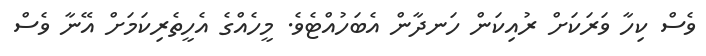
ވެސް ކިހާ ވަރަކަށް ރުއިކަން ހަނދާން އެބަހުއްޓެވެ. މީހެއްގެ އެހީތެރިކަމަށް އޭނާ ވެސް